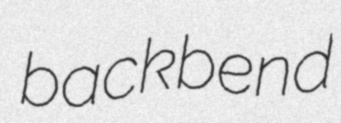
backbend